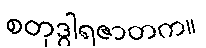
စတုဒွါရဇာတက။